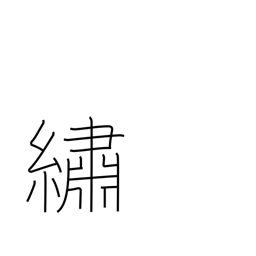
Meaning: embroider